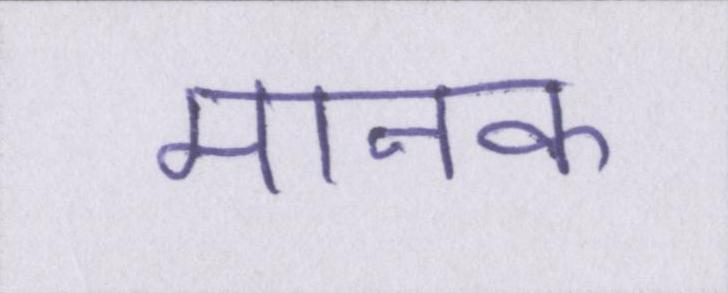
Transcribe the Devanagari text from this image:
मानक